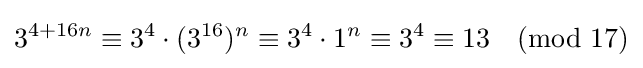
3^{4+16n}\equiv 3^{4}\cdot (3^{16})^{n}\equiv 3^{4}\cdot 1^{n}\equiv 3^{4}\equiv 13{\pmod {17}}